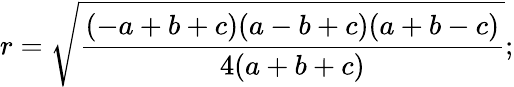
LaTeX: r={\sqrt{\frac{(-a+b+c)(a-b+c)(a+b-c)}{4(a+b+c)}}};